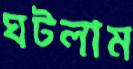
ঘটলাম